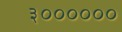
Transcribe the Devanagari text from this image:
३००००००